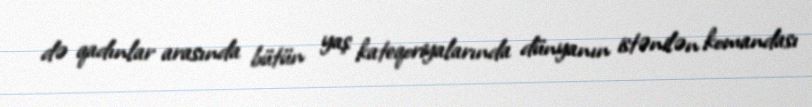
də qadınlar arasında bütün yaş kateqoriyalarında dünyanın istənilən komandası